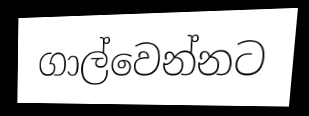
ගාල්වෙන්නට